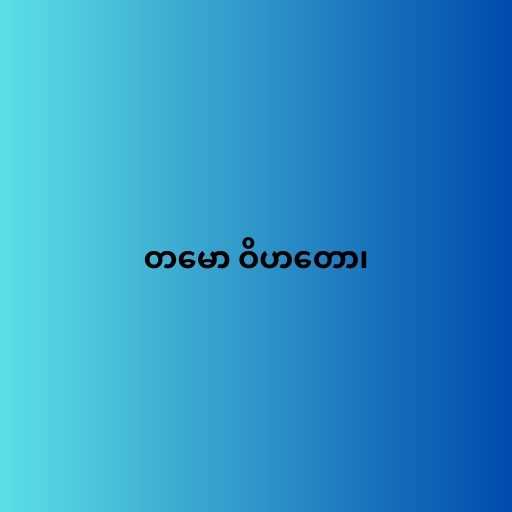
တမော ဝိဟတော၊